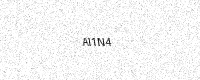
Text: AI1N4